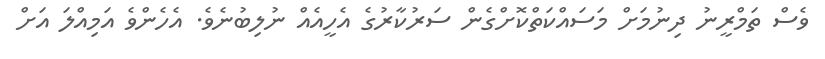
ވެސް ތަމްރީނު ދިނުމަށް މަސައްކަތްކޮށްގެން ސަރުކާރުގެ އެހީއެއް ނުލިބުނެވެ. އެހެންވެ އަމިއްލަ އަށް